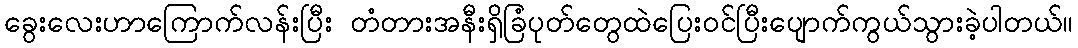
ခွေးလေးဟာကြောက်လန်းပြီး တံတားအနီးရှိခြံပုတ်တွေထဲပြေးဝင်ပြီးပျောက်ကွယ်သွားခဲ့ပါတယ်။